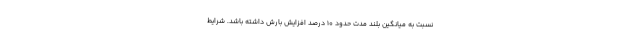
نسبت به میانگین بلند مدت حدود ۱۰ درصد افزایش بارش داشته باشد. شرایط